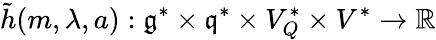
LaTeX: \tilde{h}(m,\lambda,a):\mathfrak{g}^{*}\times\mathfrak{q}^{*}\times V_{Q}^{*}\times V^{*}\rightarrow\mathbb{R}